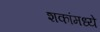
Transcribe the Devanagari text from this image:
शकांमध्ये